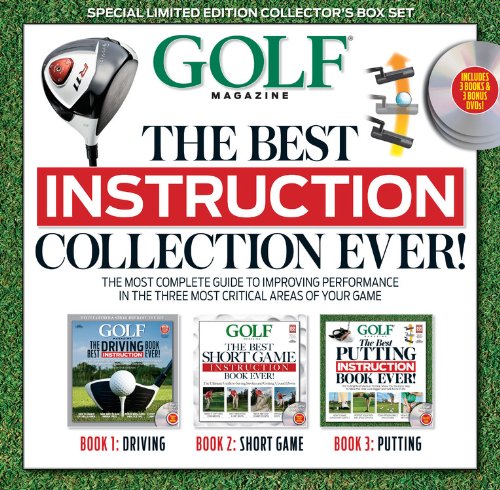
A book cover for Golf The Best Instruction Collection Ever!; Editors of Golf Magazine; Teen & Young Adult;